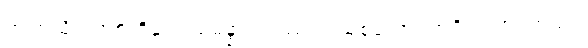
ဤကုသိုလ်အစုတို့နှင့်။ သမန္နာဂတဿ၊ ပြည့်စုံသော။ အရိယသာဝကဿ၊